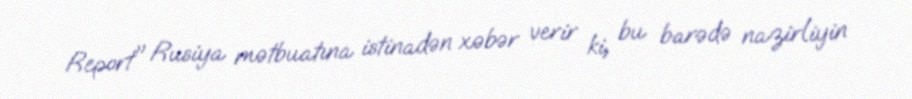
Report" Rusiya mətbuatına istinadən xəbər verir ki, bu barədə nazirliyin